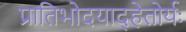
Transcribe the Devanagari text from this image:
प्रातिभोदयाद्हेतोर्यः